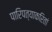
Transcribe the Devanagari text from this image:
पारिपत्याकरितां